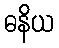
ဓနိယ